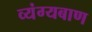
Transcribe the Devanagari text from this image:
व्यंग्यबाण